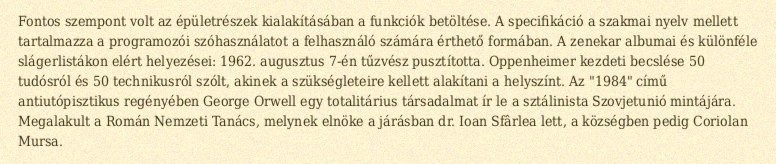
Fontos szempont volt az épületrészek kialakításában a funkciók betöltése. A specifikáció a szakmai nyelv mellett tartalmazza a programozói szóhasználatot a felhasználó számára érthető formában. A zenekar albumai és különféle slágerlistákon elért helyezései: 1962. augusztus 7-én tűzvész pusztította. Oppenheimer kezdeti becslése 50 tudósról és 50 technikusról szólt, akinek a szükségleteire kellett alakítani a helyszínt. Az "1984" című antiutópisztikus regényében George Orwell egy totalitárius társadalmat ír le a sztálinista Szovjetunió mintájára. Megalakult a Román Nemzeti Tanács, melynek elnöke a járásban dr. Ioan Sfârlea lett, a községben pedig Coriolan Mursa.